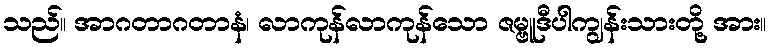
သည်။ အာဂတာဂတာနံ၊ လာကုန်လာကုန်သော ဇမ္ဗူဒီပါကျွန်းသားတို့ အား။